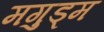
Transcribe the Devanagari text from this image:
मगुड्म